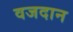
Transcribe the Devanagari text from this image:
वजदान